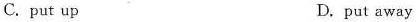
C.put up D.put away